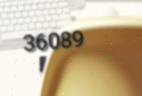
36089